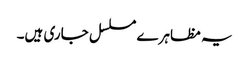
یہ مظاہرے مسلسل جاری ہیں۔